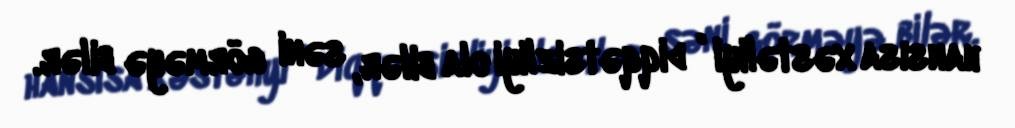
hansısa xəstəliyi , diqqətsizliyi ola bilər, səni görməyə bilər.